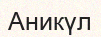
Аникүл